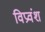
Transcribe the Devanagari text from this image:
विप्रवंश